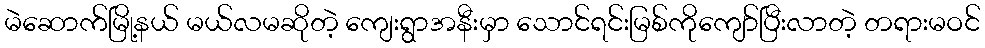
မဲဆောက်မြို့နယ် မယ်လမဆိုတဲ့ ကျေးရွာအနီးမှာ သောင်ရင်းမြစ်ကိုကျော်ပြီးလာတဲ့ တရားမဝင်